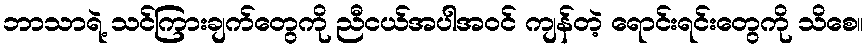
ဘာသာရဲ့ သင်ကြားချက်တွေကို ညီငယ်အပါအဝင် ကျန်တဲ့ ရောင်းရင်းတွေကို သိစေ။